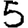
Digit: 5